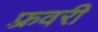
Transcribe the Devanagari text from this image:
फ़्रवरी